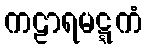
ကဠာရမဋ္ဋကံ